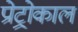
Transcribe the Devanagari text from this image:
प्रोट्रोकाल